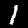
Label: 1